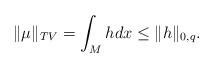
LaTeX: \begin{align*}\|\mu\|_{TV}=\int_M h dx\leq \|h\|_{0,q}.\end{align*}